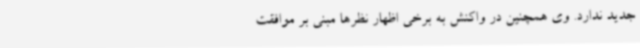
جدید ندارد. وی همچنین در واکنش به برخی اظهار نظرها مبنی بر موافقت